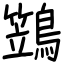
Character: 鷑